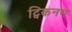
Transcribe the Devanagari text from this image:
ट्विकनम